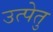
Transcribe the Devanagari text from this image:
उत्पेतु